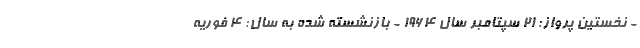
- نخستین پرواز: 21 سپتامبر سال 1964 - بازنشسته شده به سال: 4 فوریه